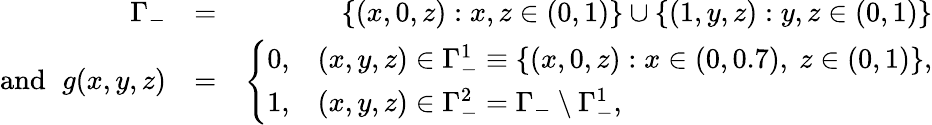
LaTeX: \begin{array}{rlr}{\Gamma_{-}}&{=}&{\{ (x,0,z):x,z\in(0,1)\} \cup\{ (1,y,z):y,z\in(0,1)\} }\\ {\mathrm{and~}\, \, g(x,y,z)}&{=}&{\left\{ \begin{array}{rl}{0,}&{(x,y,z)\in\Gamma_{-}^{1}\equiv\{ (x,0,z):x\in(0,0.7),\ z\in(0,1)\} ,}\\ {1,}&{(x,y,z)\in\Gamma_{-}^{2}=\Gamma_{-}\setminus\Gamma_{-}^{1},}\end{array}\right.}\end{array}